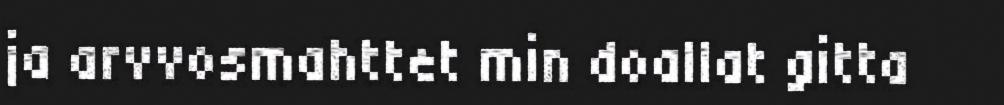
ja arvvosmahttet min doallat gitta